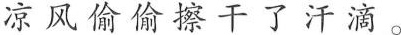
凉风偷偷擦干了汗滴。